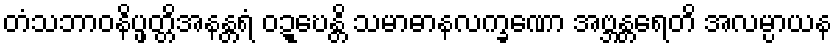
တံသဘာဝနိပ္ဖတ္တိအနန္တရံ ဝဍ္ဎေန္တိ သမာဓာနလက္ခဏော အဗ္ဘန္တရေတိ အလမ္ပာယန